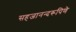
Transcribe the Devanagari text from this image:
सहजानन्दरूपिणे